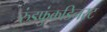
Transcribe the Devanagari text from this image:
रुंडफुंकडिनस्ट